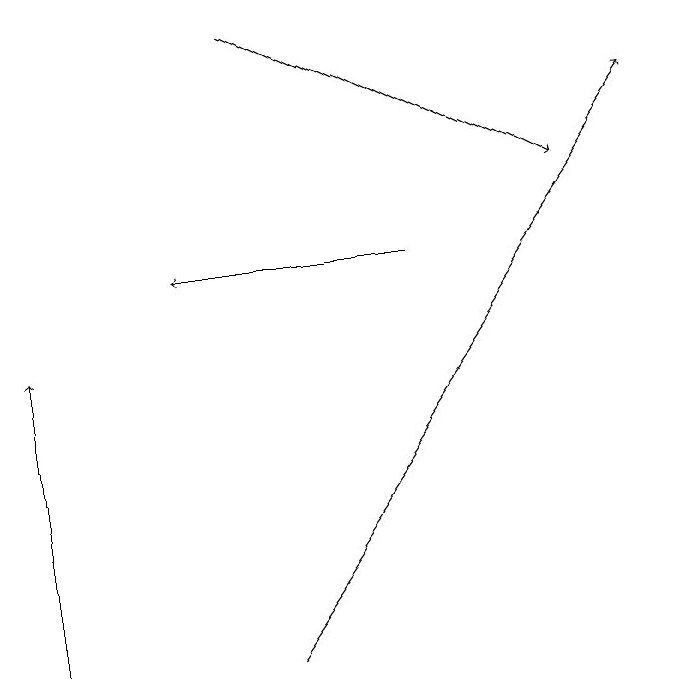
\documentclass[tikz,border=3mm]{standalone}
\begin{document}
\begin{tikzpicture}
\draw[->] (4,10) -- (9,17);
\draw[->] (6,15) -- (3,15);
\draw[->] (4,18) -- (8,16);
\draw[->] (1,10) -- (1,14);
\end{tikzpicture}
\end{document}